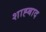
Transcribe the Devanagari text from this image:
शाह्बाद